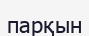
парқын